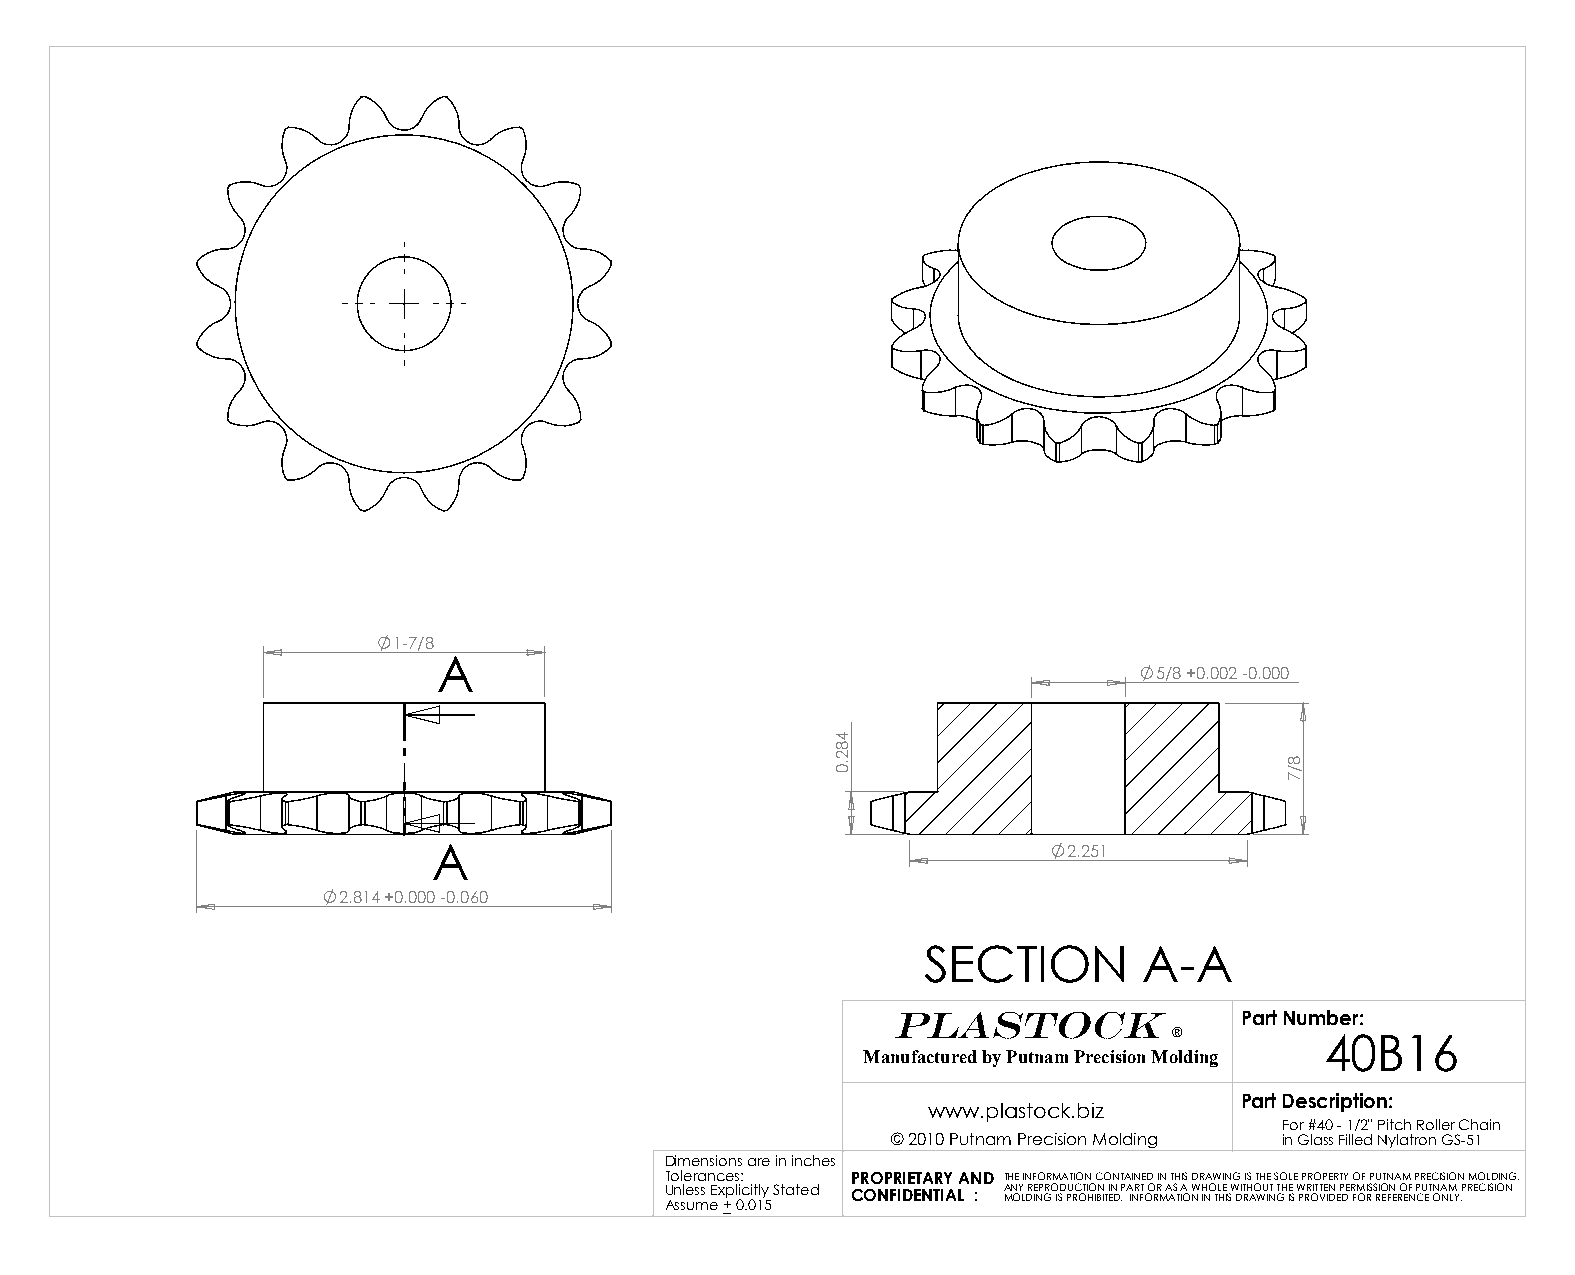
1-7/8
 A
 5/8 +0.002 -0.000
 A                                         2.251
 2.814 +0.000 -0.060
 SECTION        A-A
 PLASTOCK               Part Number:
 ®
 40B16
 Manufactured by Putnam Precision Molding
 Part Description:
 www.plastock.biz
 For #40 - 1/2" Pitch Roller Chain
 © 2010 Putnam Precision Molding in Glass Filled Nylatron GS-51
 Dimensions are in inches
 Tolerances: PROPRIETARY AND THE INFORMATION CONTAINED IN THIS DRAWING IS THE SOLE PROPERTY OF PUTNAM PRECISION MOLDING.
 U An ssle us ms eEx +p l 0ic .0it 1ly 5 Stated CONFIDENTIAL : A MN OY L DRE INP GRO ISD PU RC OT HIO IBN IT EIN D P . A INR FT O O RR M A AS T IA O NW H INO TL HE I SW DIT RH AO WU IT N T GH E IS W PRR OITT VE IN D EP DE R FM OI RS S RIO EFN E RO EF N P CU ET ONA NM LY .PRECISION
 482.0
 8/7